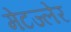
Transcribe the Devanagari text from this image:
मेटज्लेर